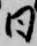
日